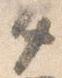
タ